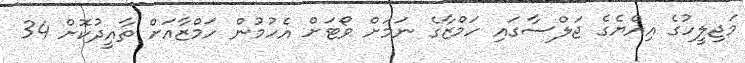
މަޖިލީހުގެ އިއްޔެގެ ޖަލްސާގައި ހަމްޒާގެ ނަމަށް ވޯޓަށް އެހުމުން ހަމްޒާއަށް ތާއީދުކޮށް 34